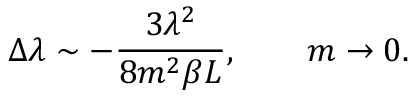
\Delta \lambda \sim - \frac { 3 \lambda ^ { 2 } } { 8 m ^ { 2 } \beta L } , \qquad m \rightarrow 0 .